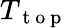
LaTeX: T_{\mathrm{~t~o~p~}}